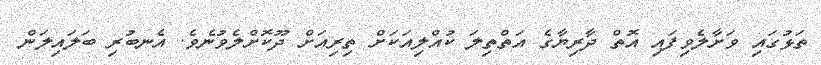
ތަޅުގައި ވަށާލެވިފައި އޮތް ދާރިޔާގެ އަތްތިލަ ކުއްލިއަކަށް ތިރިއަށް ދޫކޮށްލެވުނެވެ. އެނބުރި ބަލައިލަން